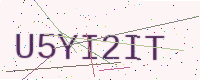
Text: U5YI2IT